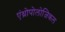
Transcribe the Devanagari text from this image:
एंथ्रोपोलोजिकल